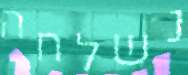
נשלחה